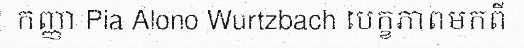
កញ្ញា Pia Alono Wurtzbach បេក្ខភាពមកពី